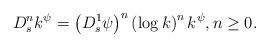
LaTeX: \begin{align*} D^n_s k^{\psi}= \left( D^{1}_s \psi \right)^n \left( \log k \right)^n k^{\psi},n \ge 0.\end{align*}